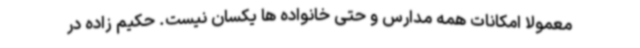
معمولا امکانات همه مدارس و حتی خانواده ها یکسان نیست. حکیم زاده در